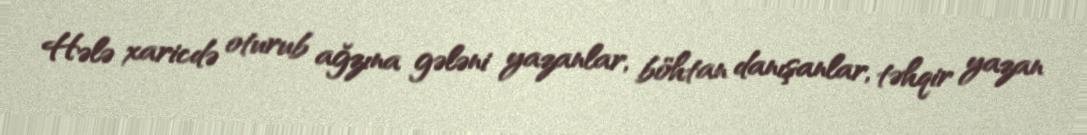
Hələ xaricdə oturub ağzına gələni yazanlar, böhtan danışanlar, təhqir yazan